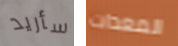
سأريد المعدات